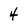
Character: 4